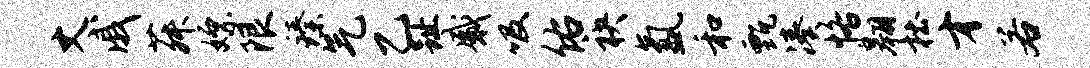
丈戚菽嫖限臻气乙趾感吸佑袂氲和甄凑恪翱杜才若